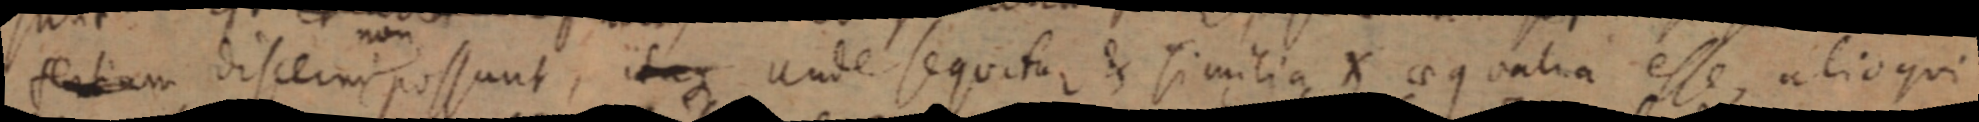
sertiam discerni possunt, _ unde sequitur & similia X aequalia esse, alioqui